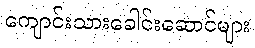
ကျောင်းသားခေါင်းဆောင်များ